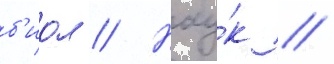
б'иол // Нау́к /